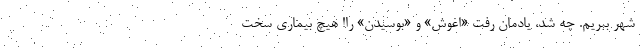
شهر ببریم. چه شُد، یادمان رفت «اغوش» و «بوسیدن» را! هیچ بیماری سخت